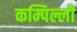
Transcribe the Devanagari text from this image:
कम्पिल्ली